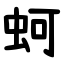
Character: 蚵